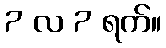
7 လ 7 ရက်။